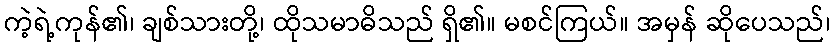
ကဲ့ရဲ့ကုန်၏၊ ချစ်သားတို့၊ ထိုသမာဓိသည် ရှိ၏။ မစင်ကြယ်။ အမှန် ဆိုပေသည်၊